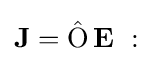
\mathbf {J} =\operatorname {\hat {O}} \mathbf {E} \ :